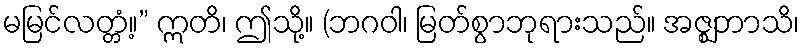
မမြင်လတ္တံ့။” ဣတိ၊ ဤသို့။ (ဘဂဝါ၊ မြတ်စွာဘုရားသည်။ အဇ္ဈဘာသိ၊